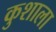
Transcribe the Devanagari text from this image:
कुशाला